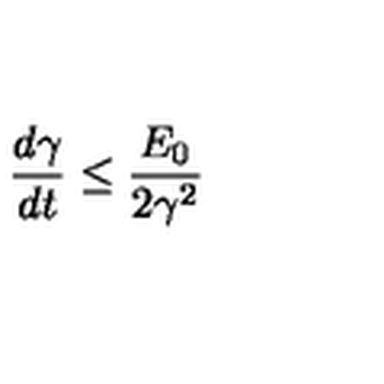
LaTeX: \frac { d \gamma } { d t } \leq \frac { E _ { 0 } } { 2 \gamma ^ { 2 } }